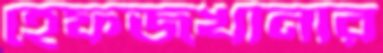
হেফজখানার